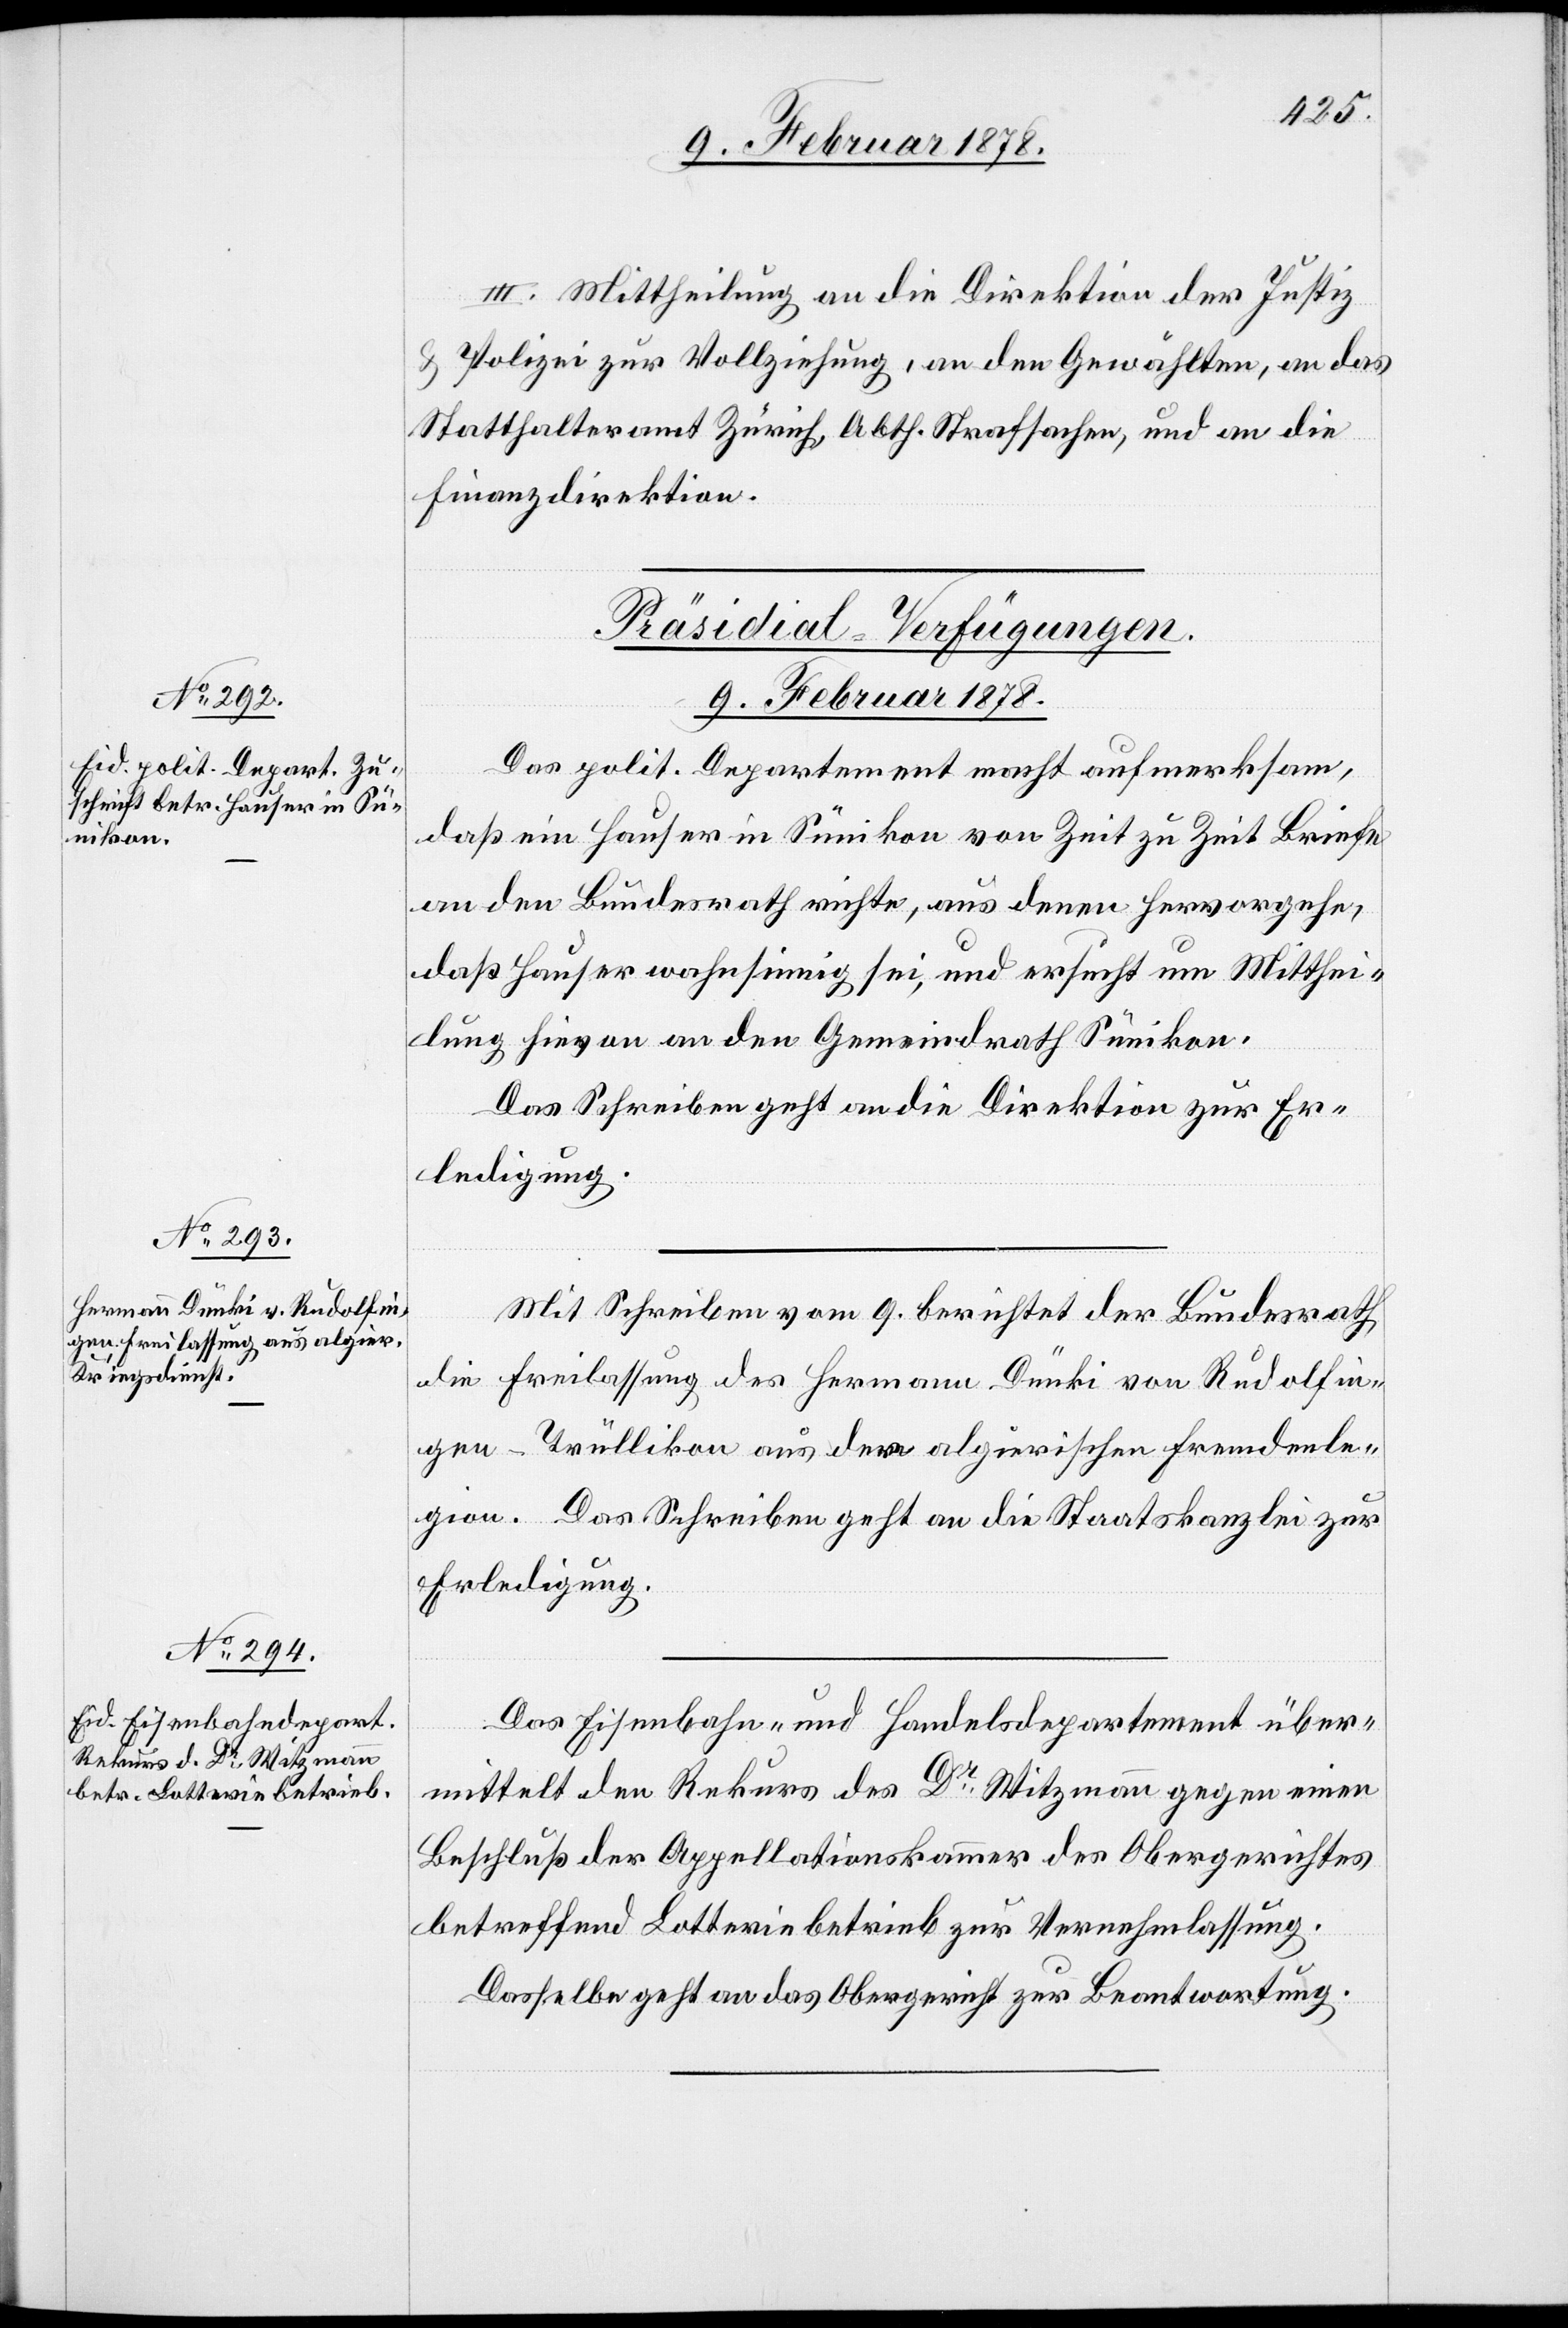
III. Mittheilung an die Direktion der Justiz
Polizei zur Vollziehung, an den Gewählten, an das
Statthalteramt Zürich, Abth. Strafsachen, und an die
Finanzdirektion.
[Präsidial-Verfügungen.
9. Februar 1878.]
Das polit. Departement macht aufmerksam,
daß ein Hauser in Sumikon von Zeit zu Zeit Briefe
an den Bundesrath richte, aus denen hervorgehe,
daß Hauser wahnsinnig sei, und ersucht um Mitthei¬
lung hievon an den Gemeindrath Sumikon.
Das Schreiben geht an die Direktion zur Er¬
ledigung.
Mit Schreiben vom 9. berichtet der Bundesrath,
die Freilassung des Hermann Dünki von Rudolfin¬
gen - Trüllikon aus der algierischen Fremdenle¬
gion. Das Schreiben geht an die Staatskanzlei zur
Erledigung.
Das Eisenbahn- und Handelsdepartement über¬
mittelt den Rekurs des Dr Witzmann gegen einen
Beschluß der Appellationskammer des Obergerichtes
betreffend Lotteriebetrieb zur Vernehmlassung.
Dasselbe geht an das Obergericht zur Beantwortung.